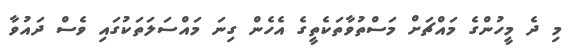
މި ދެ މީހުންގެ މައްޗަށް މަސްތުވާތަކެތީގެ އެހެން ގިނަ މައްސަލަތަކުގައި ވެސް ދައުވާ